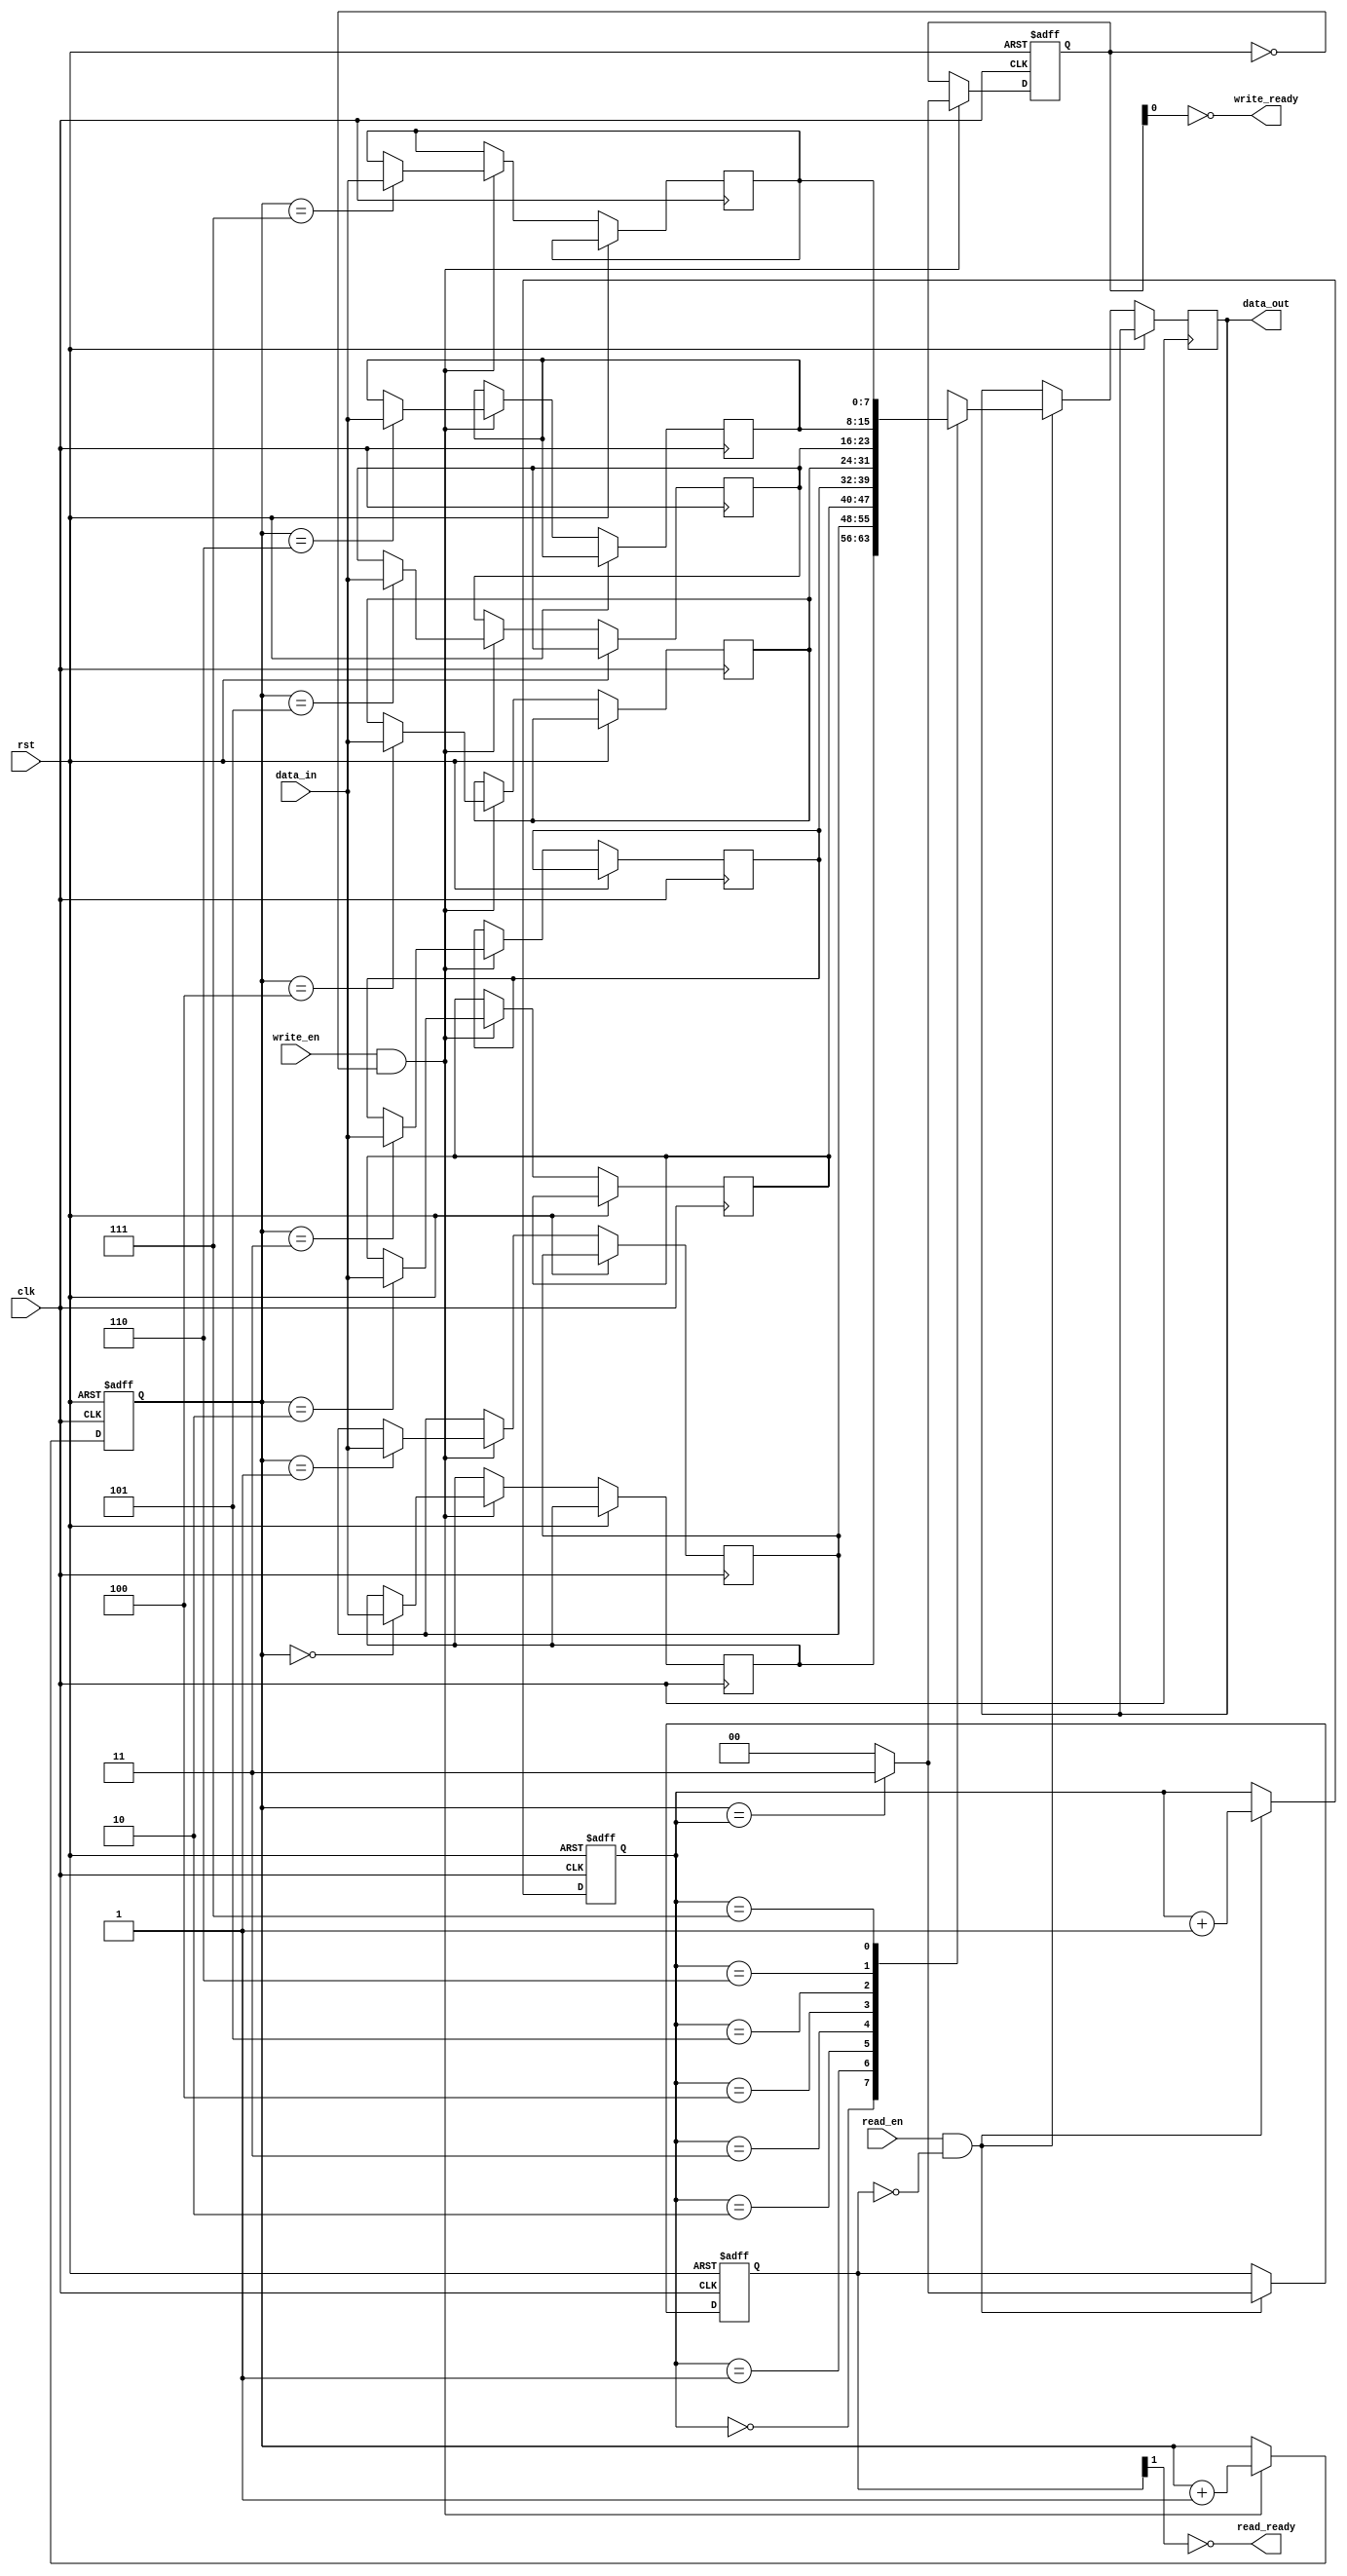
module fifo_buffer (
    input wire clk,
    input wire rst,
    input wire write_en,
    input wire read_en,
    input wire [7:0] data_in,
    output wire [7:0] data_out,
    output wire read_ready,
    output wire write_ready
);

reg [7:0] memory [0:7];
reg [2:0] read_ptr;
reg [2:0] write_ptr;
reg [1:0] empty;
reg [1:0] full;

always @(posedge clk or posedge rst) begin
    if (rst) begin
        read_ptr <= 3'b000;
        write_ptr <= 3'b000;
        empty <= 2'b11;
        full <= 2'b00;
    end else begin
        if (write_en && !full) begin
            memory[write_ptr] <= data_in;
            write_ptr <= write_ptr + 1;
            full <= (write_ptr == read_ptr) ? 2'b11 : 2'b00;
        end
        if (read_en && !empty) begin
            data_out <= memory[read_ptr];
            read_ptr <= read_ptr + 1;
            empty <= (write_ptr == read_ptr) ? 2'b11 : 2'b00;
        end
    end
end

assign read_ready = ~empty[1];
assign write_ready = ~full[0];

endmodule